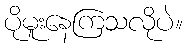
ပိုမူးနေကြသလိုပဲ။